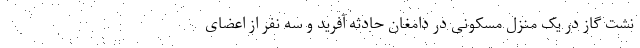
نشت گاز در یک منزل مسکونی در دامغان حادثه آفرید و سه نفر از اعضای